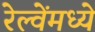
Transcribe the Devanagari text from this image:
रेल्वेंमध्ये